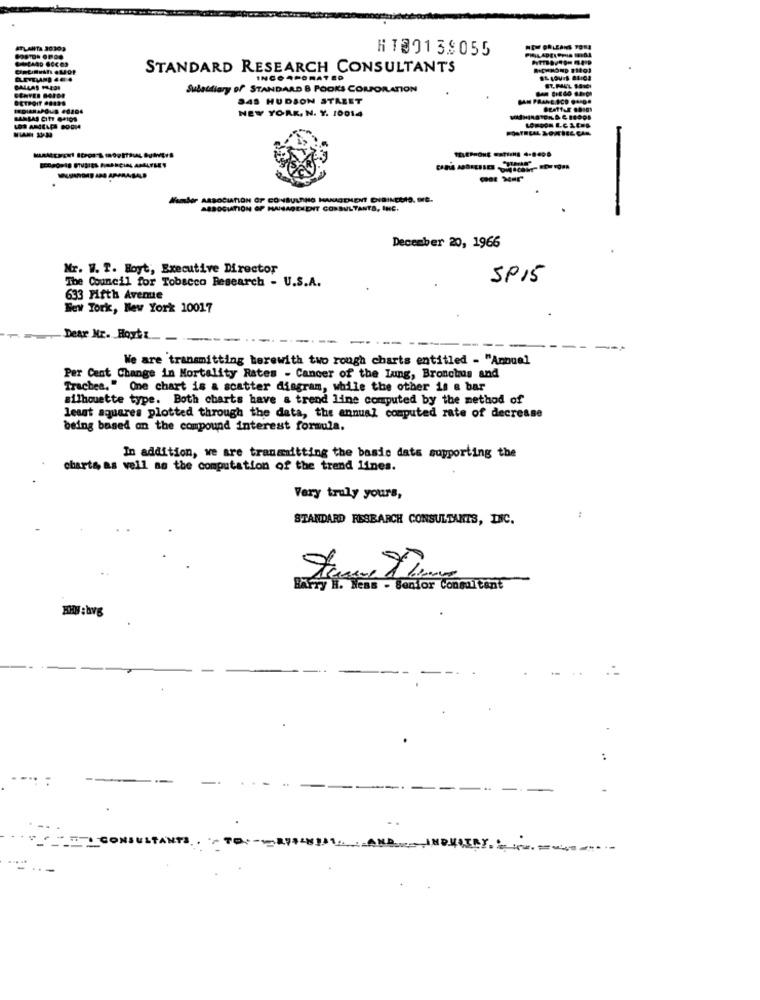
HT09139055
STANDARD RESEARCH CONSULTANTS
INCORPORATED
Subsidiary of STANDARD & POORS CORPORATION
845 HUDSON STREET
NEW YORK, N. Y. 10014
SCOPO918 STUDIES PIMARCIN AMELYLEY
Member ASSOCIATION OF CONMBULTHO MANAGEMENT CHSINCEIS, OFE.
ASSOCIATION OF MAISAGEHENT CONSULTANTS, INC.
December 20, 1966
Mr. W. T. Boyt, Executive Director
The Council for Tobacco Research - U.S.A.
SP15
633 Fifth Avenue
New York, New York 10017
Dear Mr. Hoyt .
We are transmitting herewith two rough charts entitled - "Annuel
Per Cent Change in Mortality Rates - Cancer of the Lung, Bronchus and
Trachea." One chart is a scatter diagram, while the other is & bar
silhouette type. Both charts have a trend line computed by the method of
least squares plotted through the data, the annual computed rate of decrease
being based on the compound interest formula.
In addition, we are transmitting the basic dats supporting the
charts, as well as the computation of the trend lines.
Very truly yours,
STANDARD RESEARCH CONSULTANTS, INC.
s - Senior Conmitant
..